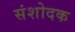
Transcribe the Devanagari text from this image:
संशोदक